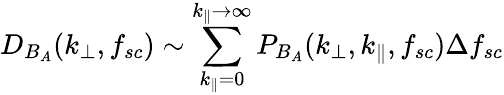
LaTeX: D_{B_{A}}(k_{\perp},f_{sc})\sim\sum_{k_{\parallel}=0}^{k_{\parallel}\rightarrow\infty}P_{B_{A}}(k_{\perp},k_{\parallel},f_{sc})\Delta f_{sc}